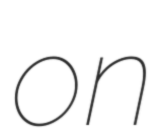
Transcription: on